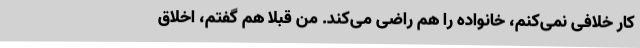
کار خلافی نمی‌کنم، خانواده را هم راضی می‌کند. من قبلا هم گفتم، اخلاق